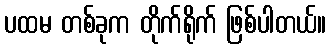
ပထမ တစ်ခုက တိုက်ရိုက် ဖြစ်ပါတယ်။